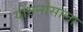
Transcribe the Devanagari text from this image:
योंगनोसाला